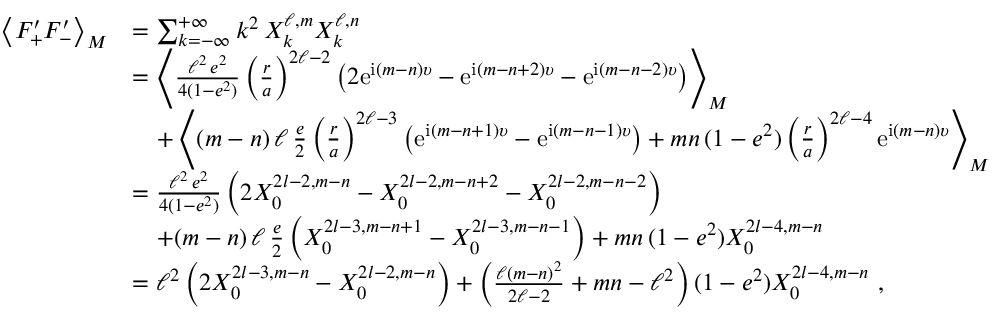
\begin{array} { r l } { \left\langle F _ { + } ^ { \prime } F _ { - } ^ { \prime } \right\rangle _ { M } } & { = \sum _ { k = - \infty } ^ { + \infty } k ^ { 2 } \, X _ { k } ^ { \ell , m } X _ { k } ^ { \ell , n } } \\ & { = \left\langle \frac { \ell ^ { 2 } \, e ^ { 2 } } { 4 ( 1 - e ^ { 2 } ) } \left( \frac { r } { a } \right) ^ { 2 \ell - 2 } \left( 2 \mathrm { e } ^ { \mathrm { i } ( m - n ) \upsilon } - \mathrm { e } ^ { \mathrm { i } ( m - n + 2 ) \upsilon } - \mathrm { e } ^ { \mathrm { i } ( m - n - 2 ) \upsilon } \right) \right\rangle _ { M } } \\ & { \quad + \left\langle ( m - n ) \, \ell \, \frac { e } { 2 } \left( \frac { r } { a } \right) ^ { 2 \ell - 3 } \left( \mathrm { e } ^ { \mathrm { i } ( m - n + 1 ) \upsilon } - \mathrm { e } ^ { \mathrm { i } ( m - n - 1 ) \upsilon } \right) + m n \, ( 1 - e ^ { 2 } ) \left( \frac { r } { a } \right) ^ { 2 \ell - 4 } \mathrm { e } ^ { \mathrm { i } ( m - n ) \upsilon } \right\rangle _ { M } } \\ & { = \frac { \ell ^ { 2 } \, e ^ { 2 } } { 4 ( 1 - e ^ { 2 } ) } \left( 2 X _ { 0 } ^ { 2 l - 2 , m - n } - X _ { 0 } ^ { 2 l - 2 , m - n + 2 } - X _ { 0 } ^ { 2 l - 2 , m - n - 2 } \right) } \\ & { \quad + ( m - n ) \, \ell \, \frac { e } { 2 } \left( X _ { 0 } ^ { 2 l - 3 , m - n + 1 } - X _ { 0 } ^ { 2 l - 3 , m - n - 1 } \right) + m n \, ( 1 - e ^ { 2 } ) X _ { 0 } ^ { 2 l - 4 , m - n } } \\ & { = \ell ^ { 2 } \left( 2 X _ { 0 } ^ { 2 l - 3 , m - n } - X _ { 0 } ^ { 2 l - 2 , m - n } \right) + \left( \frac { \ell ( m - n ) ^ { 2 } } { 2 \ell - 2 } + m n - \ell ^ { 2 } \right) ( 1 - e ^ { 2 } ) X _ { 0 } ^ { 2 l - 4 , m - n } \ , } \end{array}